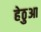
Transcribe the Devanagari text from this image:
हेठुआ